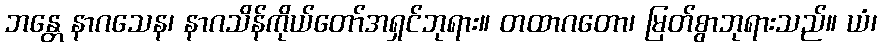
ဘန္တေ နာဂသေန၊ နာဂသိန်ကိုယ်တော်အရှင်ဘုရား။ တထာဂတော၊ မြတ်စွာဘုရားသည်။ ယံ၊